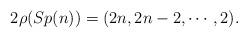
LaTeX: \begin{align*} 2\rho(Sp(n)) = (2n, 2n-2,\cdots,2). \end{align*}